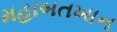
મહાબતખાન